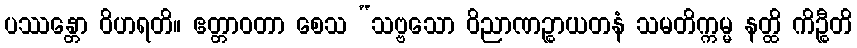
ပဿန္တော ဝိဟရတိ။ ဧတ္တာဝတာ စေသ “သဗ္ဗသော ဝိညာဏဉ္စာယတနံ သမတိက္ကမ္မ နတ္ထိ ကိဉ္စီတိ